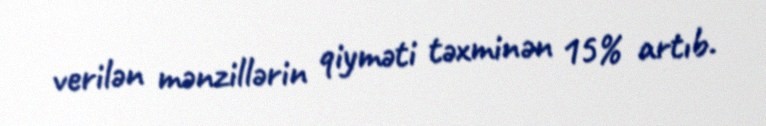
verilən mənzillərin qiyməti təxminən 15% artıb.